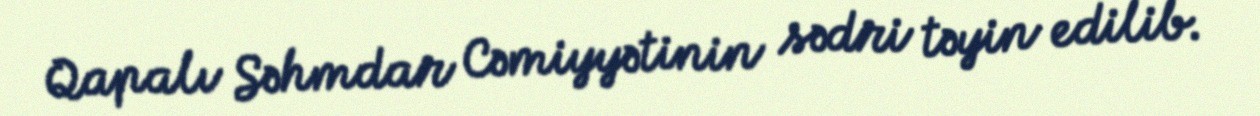
Qapalı Səhmdar Cəmiyyətinin sədri təyin edilib.